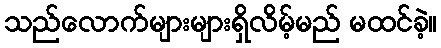
သည်လောက်များများရှိလိမ့်မည် မထင်ခဲ့။